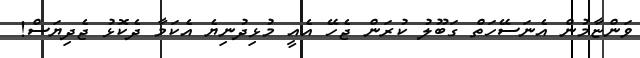
ވަންޏާމުން އެނަސޭހަތް ގަބޫލު ކުރަން ޖެހޭ އެއީ މުޅިދުނިޔެ އެކަމާ ދެކޮޅު ޖެދިޔަސް!